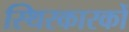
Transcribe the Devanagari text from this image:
स्थिरकारकों